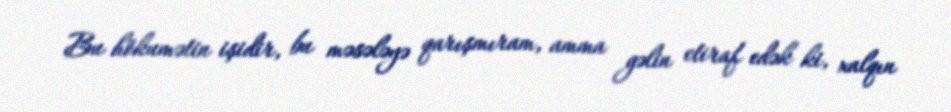
Bu hökumətin işidir, bu məsələyə qarışmıram, amma gəlin etiraf edək ki, xalqın